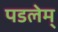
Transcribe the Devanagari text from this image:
पडलेम्